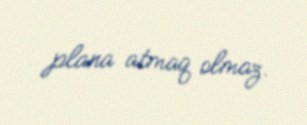
plana atmaq olmaz.